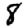
Digit: 8